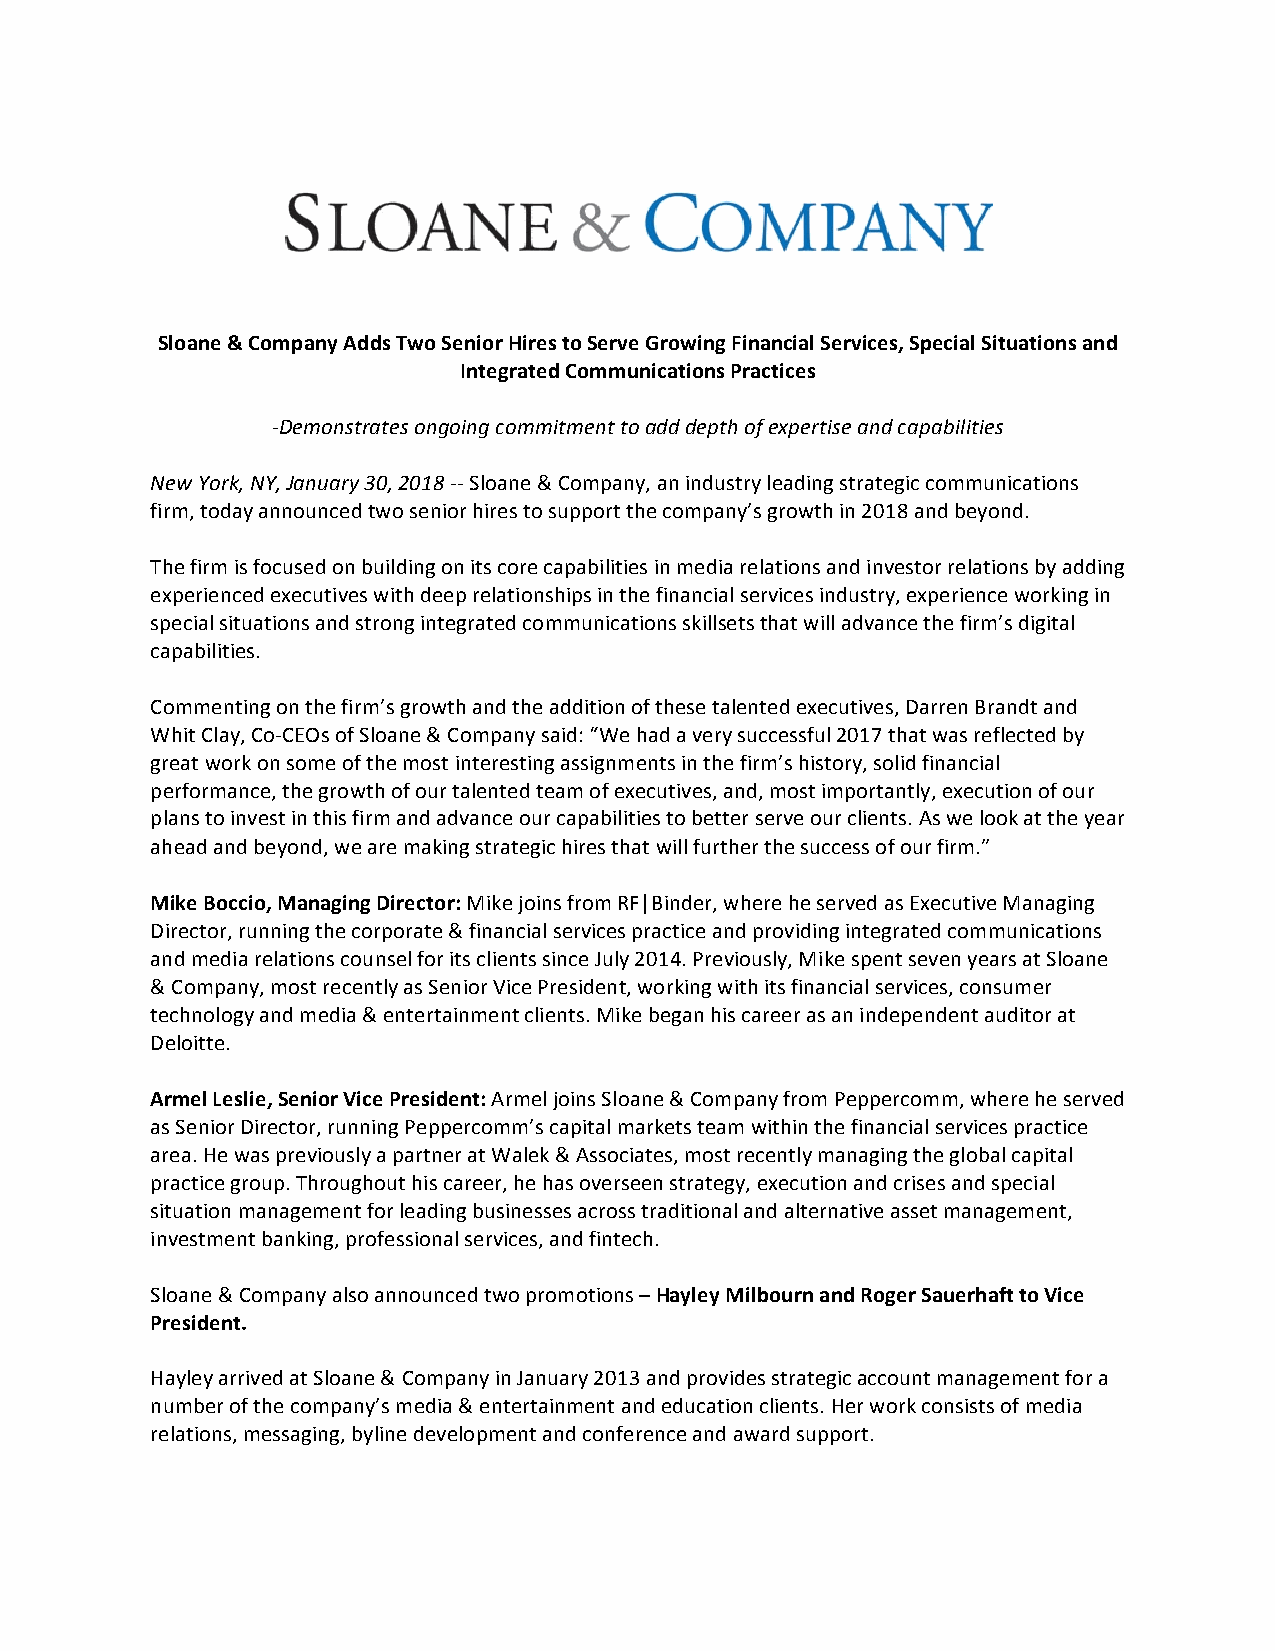
Sloane & Company Adds Two Senior Hires to Serve Growing Financial Services, Special Situations and
 Integrated Communications Practices
 -Demonstrates ongoing commitment to add depth of expertise and capabilities
 New York, NY, January 30, 2018 -- Sloane & Company, an industry leading strategic communications
 firm, today announced two senior hires to support the company’s growth in 2018 and beyond.
 The firm is focused on building on its core capabilities in media relations and investor relations by adding
 experienced executives with deep relationships in the financial services industry, experience working in
 special situations and strong integrated communications skillsets that will advance the firm’s digital
 capabilities.
 Commenting on the firm’s growth and the addition of these talented executives, Darren Brandt and
 Whit Clay, Co-CEOs of Sloane & Company said: “We had a very successful 2017 that was reflected by
 great work on some of the most interesting assignments in the firm’s history, solid financial
 performance, the growth of our talented team of executives, and, most importantly, execution of our
 plans to invest in this firm and advance our capabilities to better serve our clients. As we look at the year
 ahead and beyond, we are making strategic hires that will further the success of our firm.”
 Mike Boccio, Managing Director: Mike joins from RF|Binder, where he served as Executive Managing
 Director, running the corporate & financial services practice and providing integrated communications
 and media relations counsel for its clients since July 2014. Previously, Mike spent seven years at Sloane
 & Company, most recently as Senior Vice President, working with its financial services, consumer
 technology and media & entertainment clients. Mike began his career as an independent auditor at
 Deloitte.
 Armel Leslie, Senior Vice President: Armel joins Sloane & Company from Peppercomm, where he served
 as Senior Director, running Peppercomm’s capital markets team within the financial services practice
 area. He was previously a partner at Walek & Associates, most recently managing the global capital
 practice group. Throughout his career, he has overseen strategy, execution and crises and special
 situation management for leading businesses across traditional and alternative asset management,
 investment banking, professional services, and fintech.
 Sloane & Company also announced two promotions – Hayley Milbourn and Roger Sauerhaft to Vice
 President.
 Hayley arrived at Sloane & Company in January 2013 and provides strategic account management for a
 number of the company’s media & entertainment and education clients. Her work consists of media
 relations, messaging, byline development and conference and award support.